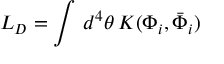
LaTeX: { \cal L } _ { D } = \int \, d ^ { 4 } \theta \, K ( \Phi _ { i } , \bar { \Phi } _ { i } )